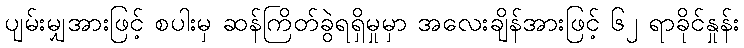
ပျမ်းမျှအားဖြင့် စပါးမှ ဆန်ကြိတ်ခွဲရရှိမှုမှာ အလေးချိန်အားဖြင့် ၆၂ ရာခိုင်နှုန်း